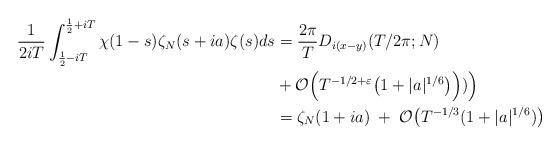
LaTeX: \begin{align*}\frac{1}{2iT}\int_{\frac{1}{2}-iT}^{\frac{1}{2}+iT}\chi(1-s)\zeta_N(s+ia)\zeta(s)ds&= \frac{2\pi}{T}D_{i(x-y)}(T/2\pi;N)\\& +\mathcal{O}\Big(T^{-1/2+\varepsilon}\big( 1+ |a|^{1/6}\big)\Big))\Big)\\ &=\zeta_N(1+ia) \;+\; \mathcal{O}\big(T^{-1/3}(1+|a|^{1/6})\big)\end{align*}